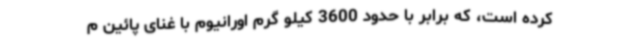
کرده است، که برابر با حدود 3600 کیلو گرم اورانیوم با غنای پائین م